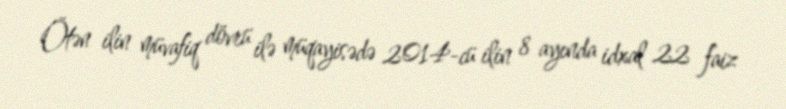
Ötən ilin müvafiq dövrü ilə müqayisədə 2014-cü ilin 8 ayında idxal 22 faiz